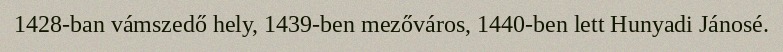
1428-ban vámszedő hely, 1439-ben mezőváros, 1440-ben lett Hunyadi Jánosé.